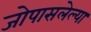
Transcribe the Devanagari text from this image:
जोपासलेल्या